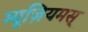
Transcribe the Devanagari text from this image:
म्यूज़ियमस्